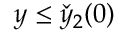
y \le \check { y } _ { 2 } ( 0 )